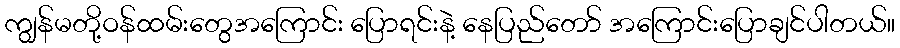
ကျွန်မတို့ဝန်ထမ်းတွေအကြောင်း ပြောရင်းနဲ့ နေပြည်တော် အကြောင်းပြောချင်ပါတယ်။